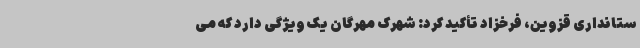
ستانداری قزوین، فرخزاد تأکید کرد: شهرک مهرگان یک ویژگی دارد که می